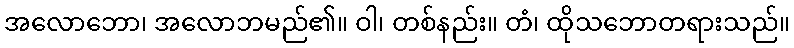
အလောဘော၊ အလောဘမည်၏။ ဝါ၊ တစ်နည်း။ တံ၊ ထိုသဘောတရားသည်။